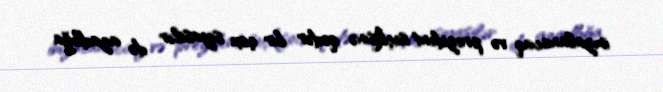
imzalanacaq və prezident seçkisinə qədər bir çox siyasilər də azadlığa